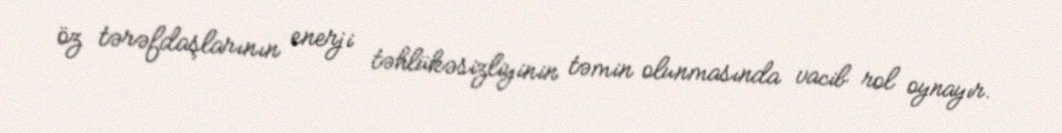
öz tərəfdaşlarının enerji təhlükəsizliyinin təmin olunmasında vacib rol oynayır.